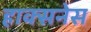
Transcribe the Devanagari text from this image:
हाक्सनेस